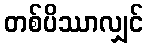
တစ်ပိဿာလျှင်